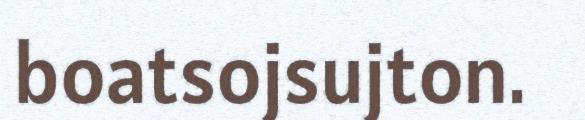
boatsojsujton.